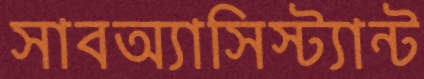
সাবঅ্যাসিস্ট্যান্ট